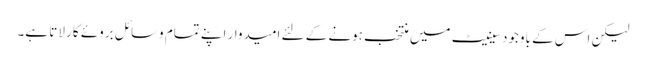
لیکن اس کے باوجود سینیٹ میں منتخب ہونے کے لئے امیدوار اپنے تمام وسائل بروئے کار لاتا ہے۔